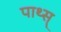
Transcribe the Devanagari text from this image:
पाथ्स्‌